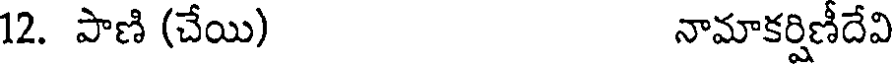
12. పాణి (చేయి) నామాకర్షిణీదేవి